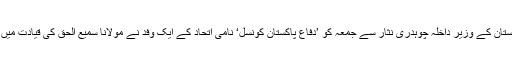
اسلام آباد — پاکستان کے وزیر داخلہ چوہدری نثار سے جمعہ کو ’دفاع پاکستان کونسل‘ نامی اتحاد کے ایک وفد نے مولانا سمیع الحق کی قیادت میں ملاقات کی تھی۔